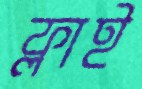
ফ্লাই